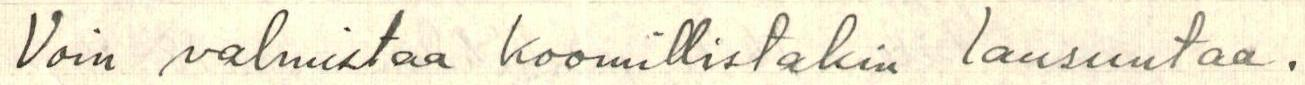
Voin valmistaa koomillistakin lausuntaa.